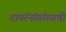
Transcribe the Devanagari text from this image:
टायरॅनॉसॉरसची